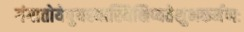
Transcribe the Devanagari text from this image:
गंगातोयेषुयस्यास्थिक्षिप्यतेशुभकर्मणः